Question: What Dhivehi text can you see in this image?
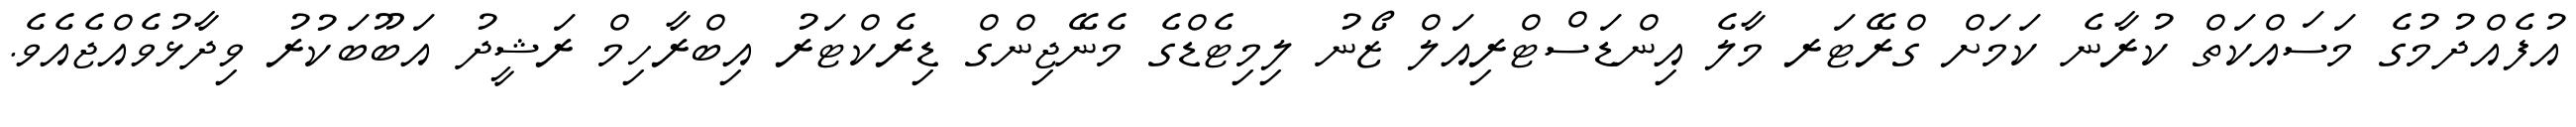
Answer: އުފެއްދުމުގެ މަސައްކަތް ކުރާނެ ކަމަށް ގްރޭޓަރ މާލެ އިންޑަސްޓްރިއަލް ޒޯނު ލިމިޓެޑްގެ މެނޭޖިންގް ޑިރެކްޓަރު އިބްރާހިމް ރަޝީދު އަބޫބަކުރު ވިދާޅުވެއްޖެއެވެ.